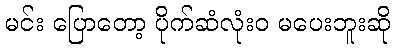
မင်း ပြောတော့ ပိုက်ဆံလုံးဝ မပေးဘူးဆို